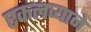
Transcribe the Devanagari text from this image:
एकलव्याने